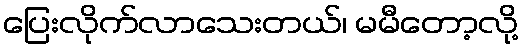
ပြေးလိုက်လာသေးတယ်၊ မမီတော့လို့